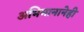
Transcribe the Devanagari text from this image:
अभिमानानेही